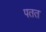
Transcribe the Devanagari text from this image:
पतत